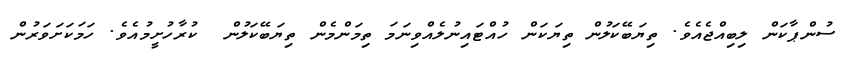
ސުންޕާކަން ލިބިއްޖެއެވެ. ތިޔަބޭކަލުން ތިޔަކަން ހުއްޓައިނުލެއްވިނަމަަ ތިމަންމެން ތިޔަބޭކަލުން  ކުރާހުށީމުއެވެ. ހަމަކަށަވަރުން